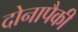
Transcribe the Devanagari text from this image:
दोनापैकी